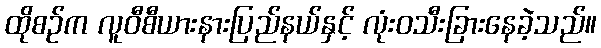
ထိုစဉ်က လူဝီစီယားနားပြည်နယ်နှင့် လုံးဝသီးခြားနေခဲ့သည်။